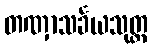
တဏှာသင်္ခယသုတ္တ